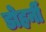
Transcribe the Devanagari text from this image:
डोहर्नी